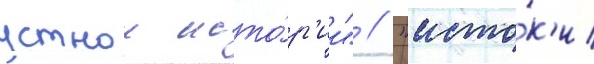
устнои исто́р'ии" / "исто́к'и